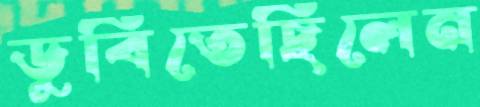
ডুবিতেছিলেন